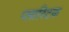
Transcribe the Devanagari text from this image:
प्‍लास्‍टिक